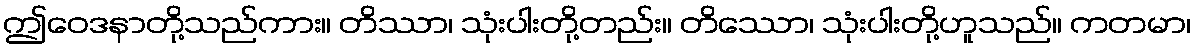
ဤဝေဒနာတို့သည်ကား။ တိဿာ၊ သုံးပါးတို့တည်း။ တိဿော၊ သုံးပါးတို့ဟူသည်။ ကတမာ၊